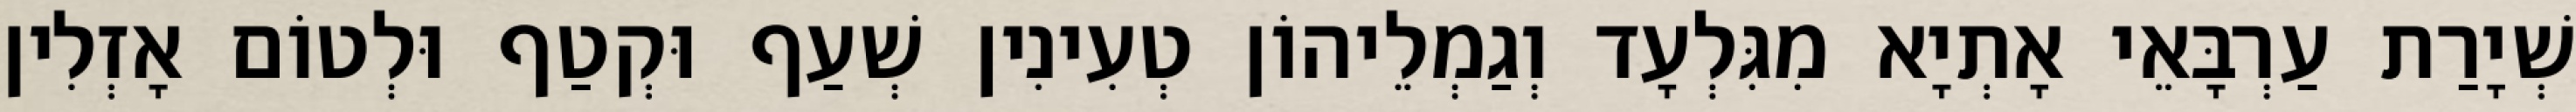
שְׁיָרַת עַרְבָּאֵי אָתְיָא מִגִּלְעָד וְגַמְלֵיהוֹן טְעִינִין שְׁעַף וּקְטַף וּלְטוֹם אָזְלִין